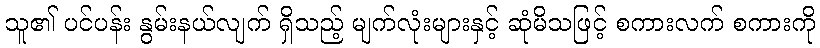
သူ၏ ပင်ပန်း နွမ်းနယ်လျက် ရှိသည့် မျက်လုံးများနှင့် ဆုံမိသဖြင့် စကားလက် စကားကို